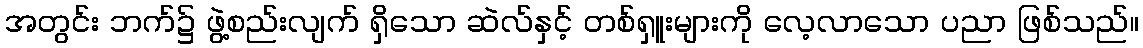
အတွင်း ဘက်၌ ဖွဲ့စည်းလျက် ရှိသော ဆဲလ်နှင့် တစ်ရှူးများကို လေ့လာသော ပညာ ဖြစ်သည်။